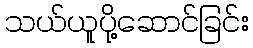
သယ်ယူပို့ဆောင်ခြင်း